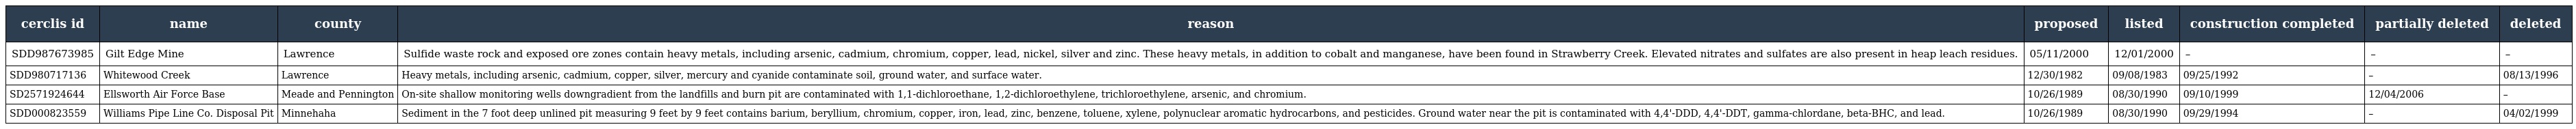
| cerclis id | name | county | reason | proposed | listed | construction completed | partially deleted | deleted |
 | --- | --- | --- | --- | --- | --- | --- | --- | --- |
 | SDD987673985 | Gilt Edge Mine | Lawrence | Sulfide waste rock and exposed ore zones contain heavy metals, including arsenic, cadmium, chromium, copper, lead, nickel, silver and zinc. These heavy metals, in addition to cobalt and manganese, have been found in Strawberry Creek. Elevated nitrates and sulfates are also present in heap leach residues. | 05/11/2000 | 12/01/2000 | – | – | – |
 | SDD980717136 | Whitewood Creek | Lawrence | Heavy metals, including arsenic, cadmium, copper, silver, mercury and cyanide contaminate soil, ground water, and surface water. | 12/30/1982 | 09/08/1983 | 09/25/1992 | – | 08/13/1996 |
 | SD2571924644 | Ellsworth Air Force Base | Meade and Pennington | On-site shallow monitoring wells downgradient from the landfills and burn pit are contaminated with 1,1-dichloroethane, 1,2-dichloroethylene, trichloroethylene, arsenic, and chromium. | 10/26/1989 | 08/30/1990 | 09/10/1999 | 12/04/2006 | – |
 | SDD000823559 | Williams Pipe Line Co. Disposal Pit | Minnehaha | Sediment in the 7 foot deep unlined pit measuring 9 feet by 9 feet contains barium, beryllium, chromium, copper, iron, lead, zinc, benzene, toluene, xylene, polynuclear aromatic hydrocarbons, and pesticides. Ground water near the pit is contaminated with 4,4'-DDD, 4,4'-DDT, gamma-chlordane, beta-BHC, and lead. | 10/26/1989 | 08/30/1990 | 09/29/1994 | – | 04/02/1999 |